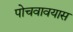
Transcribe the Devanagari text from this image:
पोचवावयास